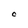
Character: C